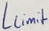
Text: Llimit